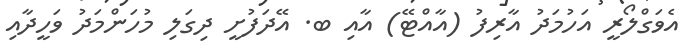
އެވަގްލޯރީ އަހުމަދު އާރިފު (އާއްޓޭ) އާއި ބ. އޭދަފުށީ ދިގަލި މުހަންމަދު ވަހީދާއި